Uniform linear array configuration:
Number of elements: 32
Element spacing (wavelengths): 0.25
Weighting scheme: exponential
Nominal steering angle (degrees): -60
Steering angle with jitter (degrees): -58.832
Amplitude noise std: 0.05
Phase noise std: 0.05

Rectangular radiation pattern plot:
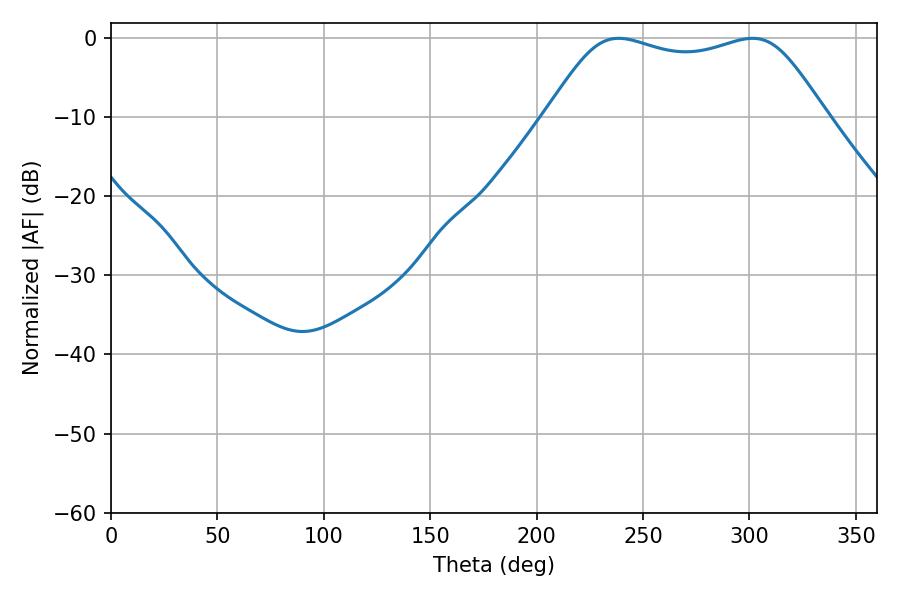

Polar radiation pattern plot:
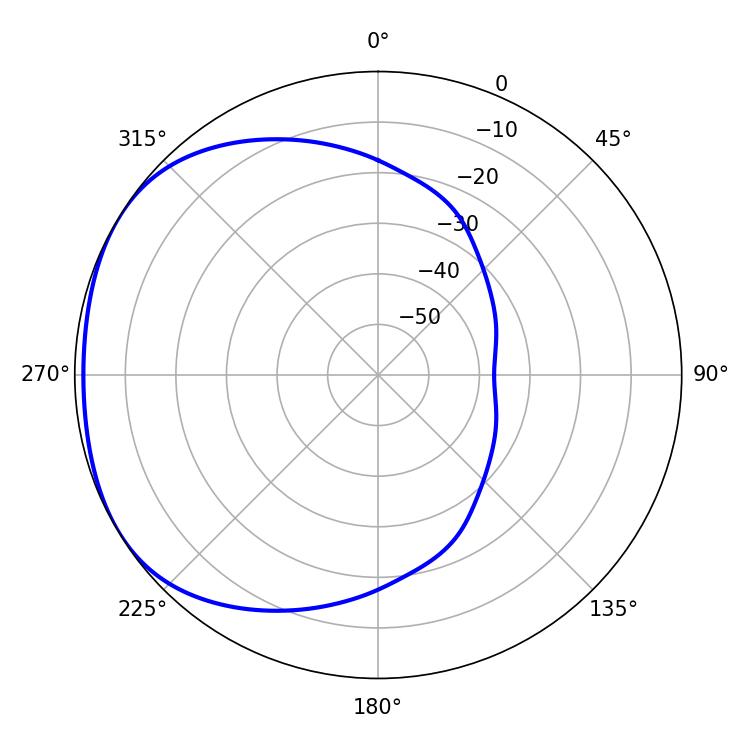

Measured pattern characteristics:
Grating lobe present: FALSE
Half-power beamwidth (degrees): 99.36
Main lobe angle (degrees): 301.5